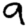
Digit: 9